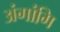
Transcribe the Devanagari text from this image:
अंगांगि